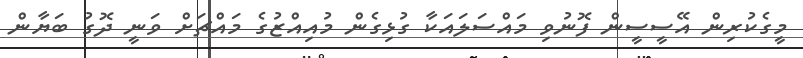
މީގެކުރިން އޭސީސީން ފޮނުވި މައްސަލައަކާ ގުޅިގެން މުއިއްޒުގެ މައްޗަށް ވަނީ ދޮގު ބަޔާން